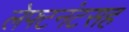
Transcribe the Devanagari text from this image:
लेफ्टनंटसह